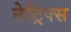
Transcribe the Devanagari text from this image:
नेट्रिक्स